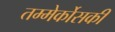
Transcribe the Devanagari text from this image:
तम्मेर्कोसकी